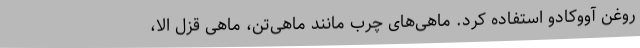
روغن آووکادو استفاده کرد. ماهی‌های چرب مانند ماهی‌تن، ماهی قزل الا،